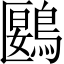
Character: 鶠